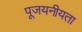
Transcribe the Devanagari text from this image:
पूजयनीयता